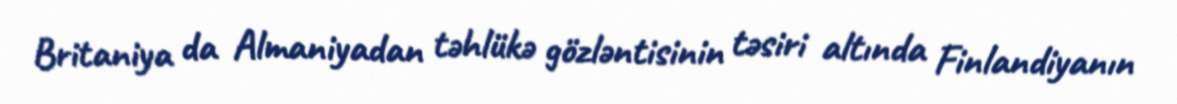
Britaniya da Almaniyadan təhlükə gözləntisinin təsiri altında Finlandiyanın